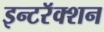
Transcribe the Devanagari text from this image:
इन्टरॅक्शन